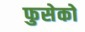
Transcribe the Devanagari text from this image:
फुसेको